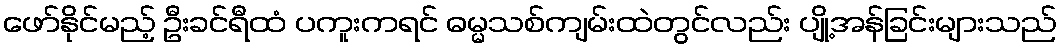
ဖော်နိုင်မည့် ဦးခင်ရီထံ ပကူးကရင် ဓမ္မသစ်ကျမ်းထဲတွင်လည်း ပျို့အန်ခြင်းများသည်